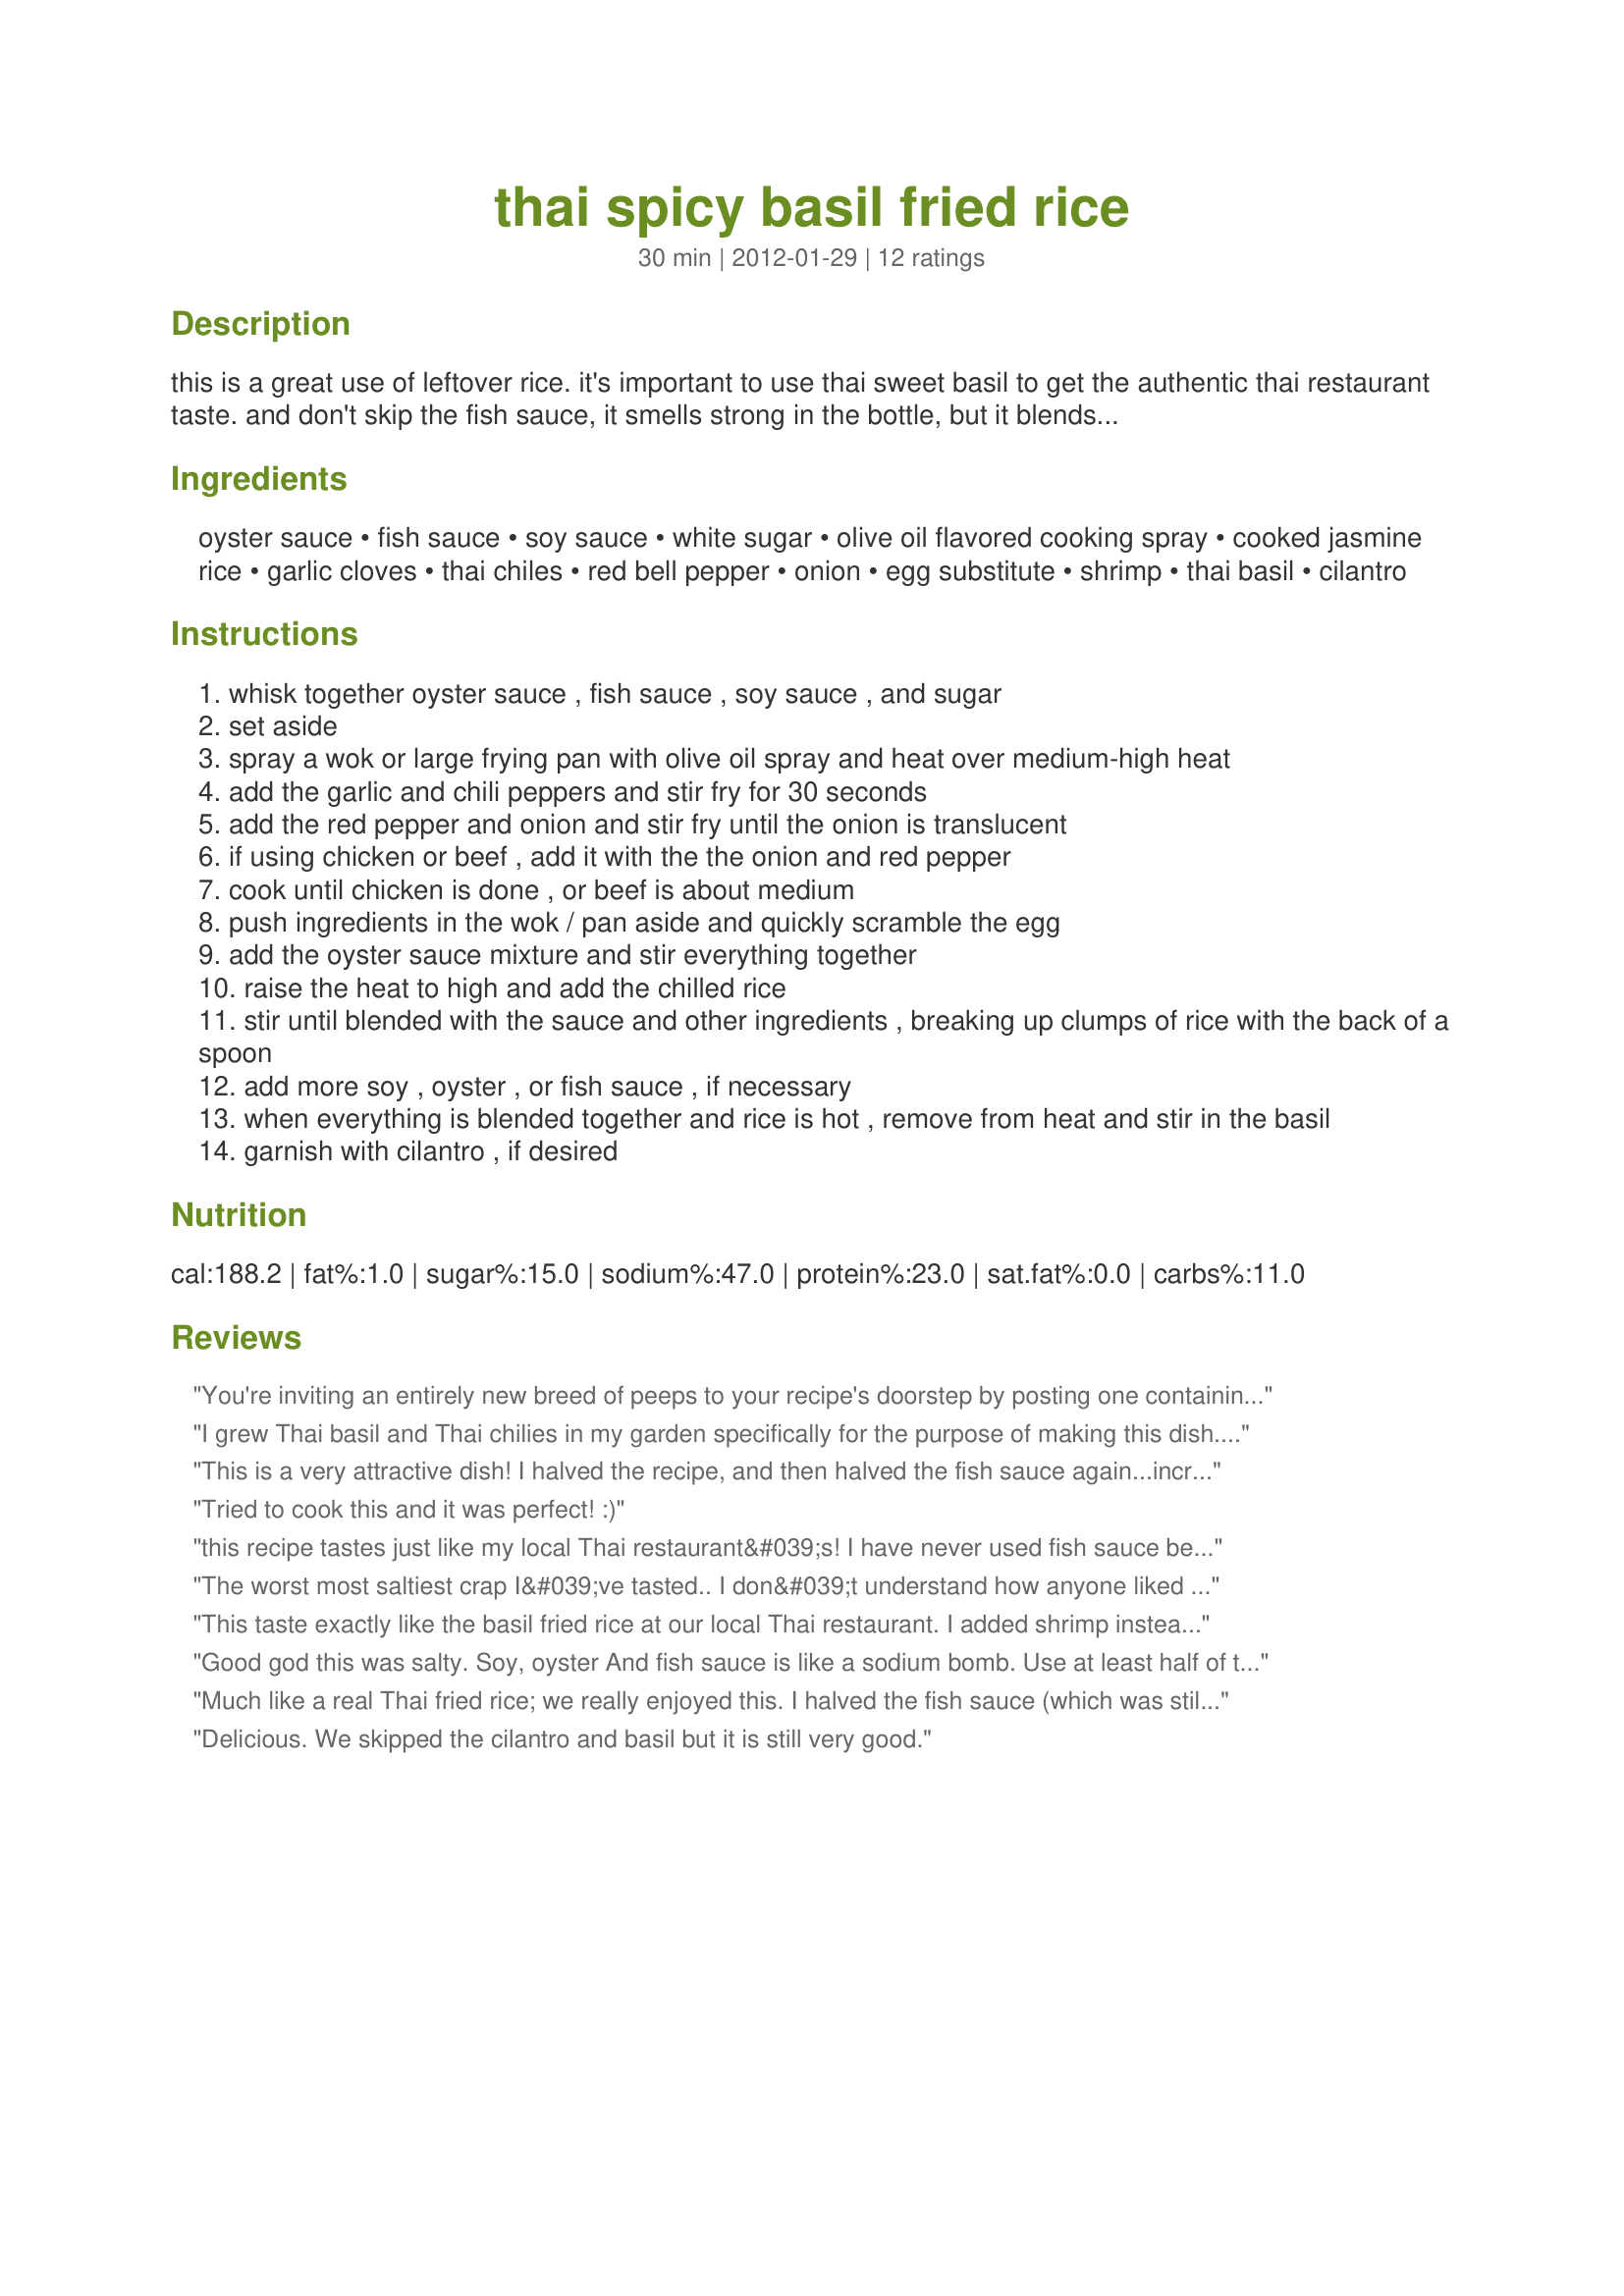
thai spicy basil fried rice
Preparation time: 30 minutes

this is a great use of leftover rice. it's important to use thai sweet basil to get the authentic thai restaurant taste. and don't skip the fish sauce, it smells strong in the bottle, but it blends in nicely with the other ingredients when it's all put together. also, make sure you use chilled rice, or you'll end up with mush.

Ingredients:
oyster sauce, fish sauce, soy sauce, white sugar, olive oil flavored cooking spray, cooked jasmine rice, garlic cloves, thai chiles, red bell pepper, onion, egg substitute, shrimp, thai basil, cilantro

Steps:
whisk together oyster sauce , fish sauce , soy sauce , and sugar
set aside
spray a wok or large frying pan with olive oil spray and heat over medium-high heat
add the garlic and chili peppers and stir fry for 30 seconds
add the red pepper and onion and stir fry until the onion is translucent
if using chicken or beef , add it with the the onion and red pepper
cook until chicken is done , or beef is about medium
push ingredients in the wok / pan aside and quickly scramble the egg
add the oyster sauce mixture and stir everything together
raise the heat to high and add the chilled rice
stir until blended with the sauce and other ingredients , breaking up clumps of rice with the back of a spoon
add more soy , oyster , or fish sauce , if necessary
when everything is blended together and rice is hot , remove from heat and stir in the basil
garnish with cilantro , if desired

Reviews:
You're inviting an entirely new breed of peeps to your recipe's doorstep by posting one containing Thai basil. And one of those peeps would be me. *wink and a sniff*
I grew Thai basil and Thai chilies in my garden specifically for the purpose of making this dish. It could not have been simpler or tasted better! It's like a flavor explosion.
This is a very attractive dish! I halved the recipe, and then halved the fish sauce again...increased the soy a bit to make up for it. I also used chopped up chicken thighs since I had those on hand. I used 1 whole egg instead of egg substitute. Really enjoyed the cilantro garnish in this. Thanks for sharing! Made for Spring PAC 2013
Tried to cook this and it was perfect! :)
this recipe tastes just like my local Thai restaurant&#039;s! I have never used fish sauce before and I was super nervous but it all came together nicely!!
The worst most saltiest crap I&#039;ve tasted.. I don&#039;t understand how anyone liked this.. I just wasted food today trying this recipe.. Rubbish, I don&#039;t know what these other reviewers are on about
This taste exactly like the basil fried rice at our local Thai restaurant. I added shrimp instead of chicken it was excellent.
Good god this was salty. Soy, oyster And fish sauce is like a sodium bomb. Use at least half of them and get the same result.
Much like a real Thai fried rice; we really enjoyed this. I halved the fish sauce (which was still more than plenty for us), used peanut oil to fry everything in, and edamame for the protein. Very tasty.
Delicious. We skipped the cilantro and basil but it is still very good.
A-MA-ZING! this is EXACTLY what we were looking for in a thai fried rice dish. thank you so much for sharing!!! oh, and we used beef rather than shrimp.
I change it some,,, more meat, add some veggies, more sauce, perhaps less spicy,,,, but this recipe is the point I start from
